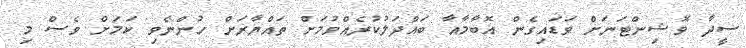
ސީދާ ވޮޝިންޓަނަށް ވަޑައިގެން އޮބާމާއާ ބައްދަލުކުރެއްވުމަށް ތައްޔާރަށް ހުންނެވި ކަމަށް ވެސް މި